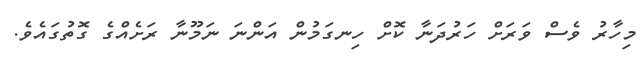
މިހާރު ވެސް ވަރަށް ހަރުދަނާ ކޮށް ހިނގަމުން އަންނަ ނަމޫނާ ރަށެއްގެ ގޮތުގައެވެ.